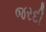
જરદી